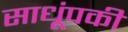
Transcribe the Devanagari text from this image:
साधूंपकी